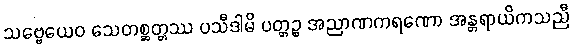
သဗ္ဗေယေဝ သေတစ္ဆတ္တဿ ပသီဒါမိ ပတ္တဉ္စ အညာဏကရဏော အန္တရာယိကသညီ